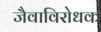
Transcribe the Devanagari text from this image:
जैवाविरोधक